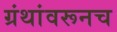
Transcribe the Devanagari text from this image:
ग्रंथांवरूनच